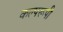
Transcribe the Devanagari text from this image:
कल्परूपी